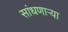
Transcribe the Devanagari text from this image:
सांधणार्‍या